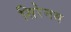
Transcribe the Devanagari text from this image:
सिरेनम